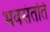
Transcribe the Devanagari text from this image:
भवसंतति